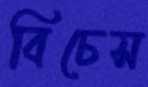
বিচেস